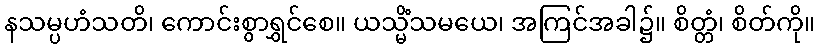
နသမ္ပဟံသတိ၊ ကောင်းစွာရွှင်စေ။ ယသ္မိံသမယေ၊ အကြင်အခါ၌။ စိတ္တံ၊ စိတ်ကို။